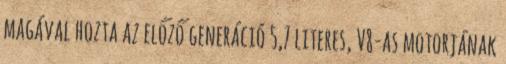
magával hozta az előző generáció 5,7 literes, V8-as motorjának